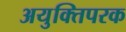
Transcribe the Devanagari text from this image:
अयुक्तिपरक